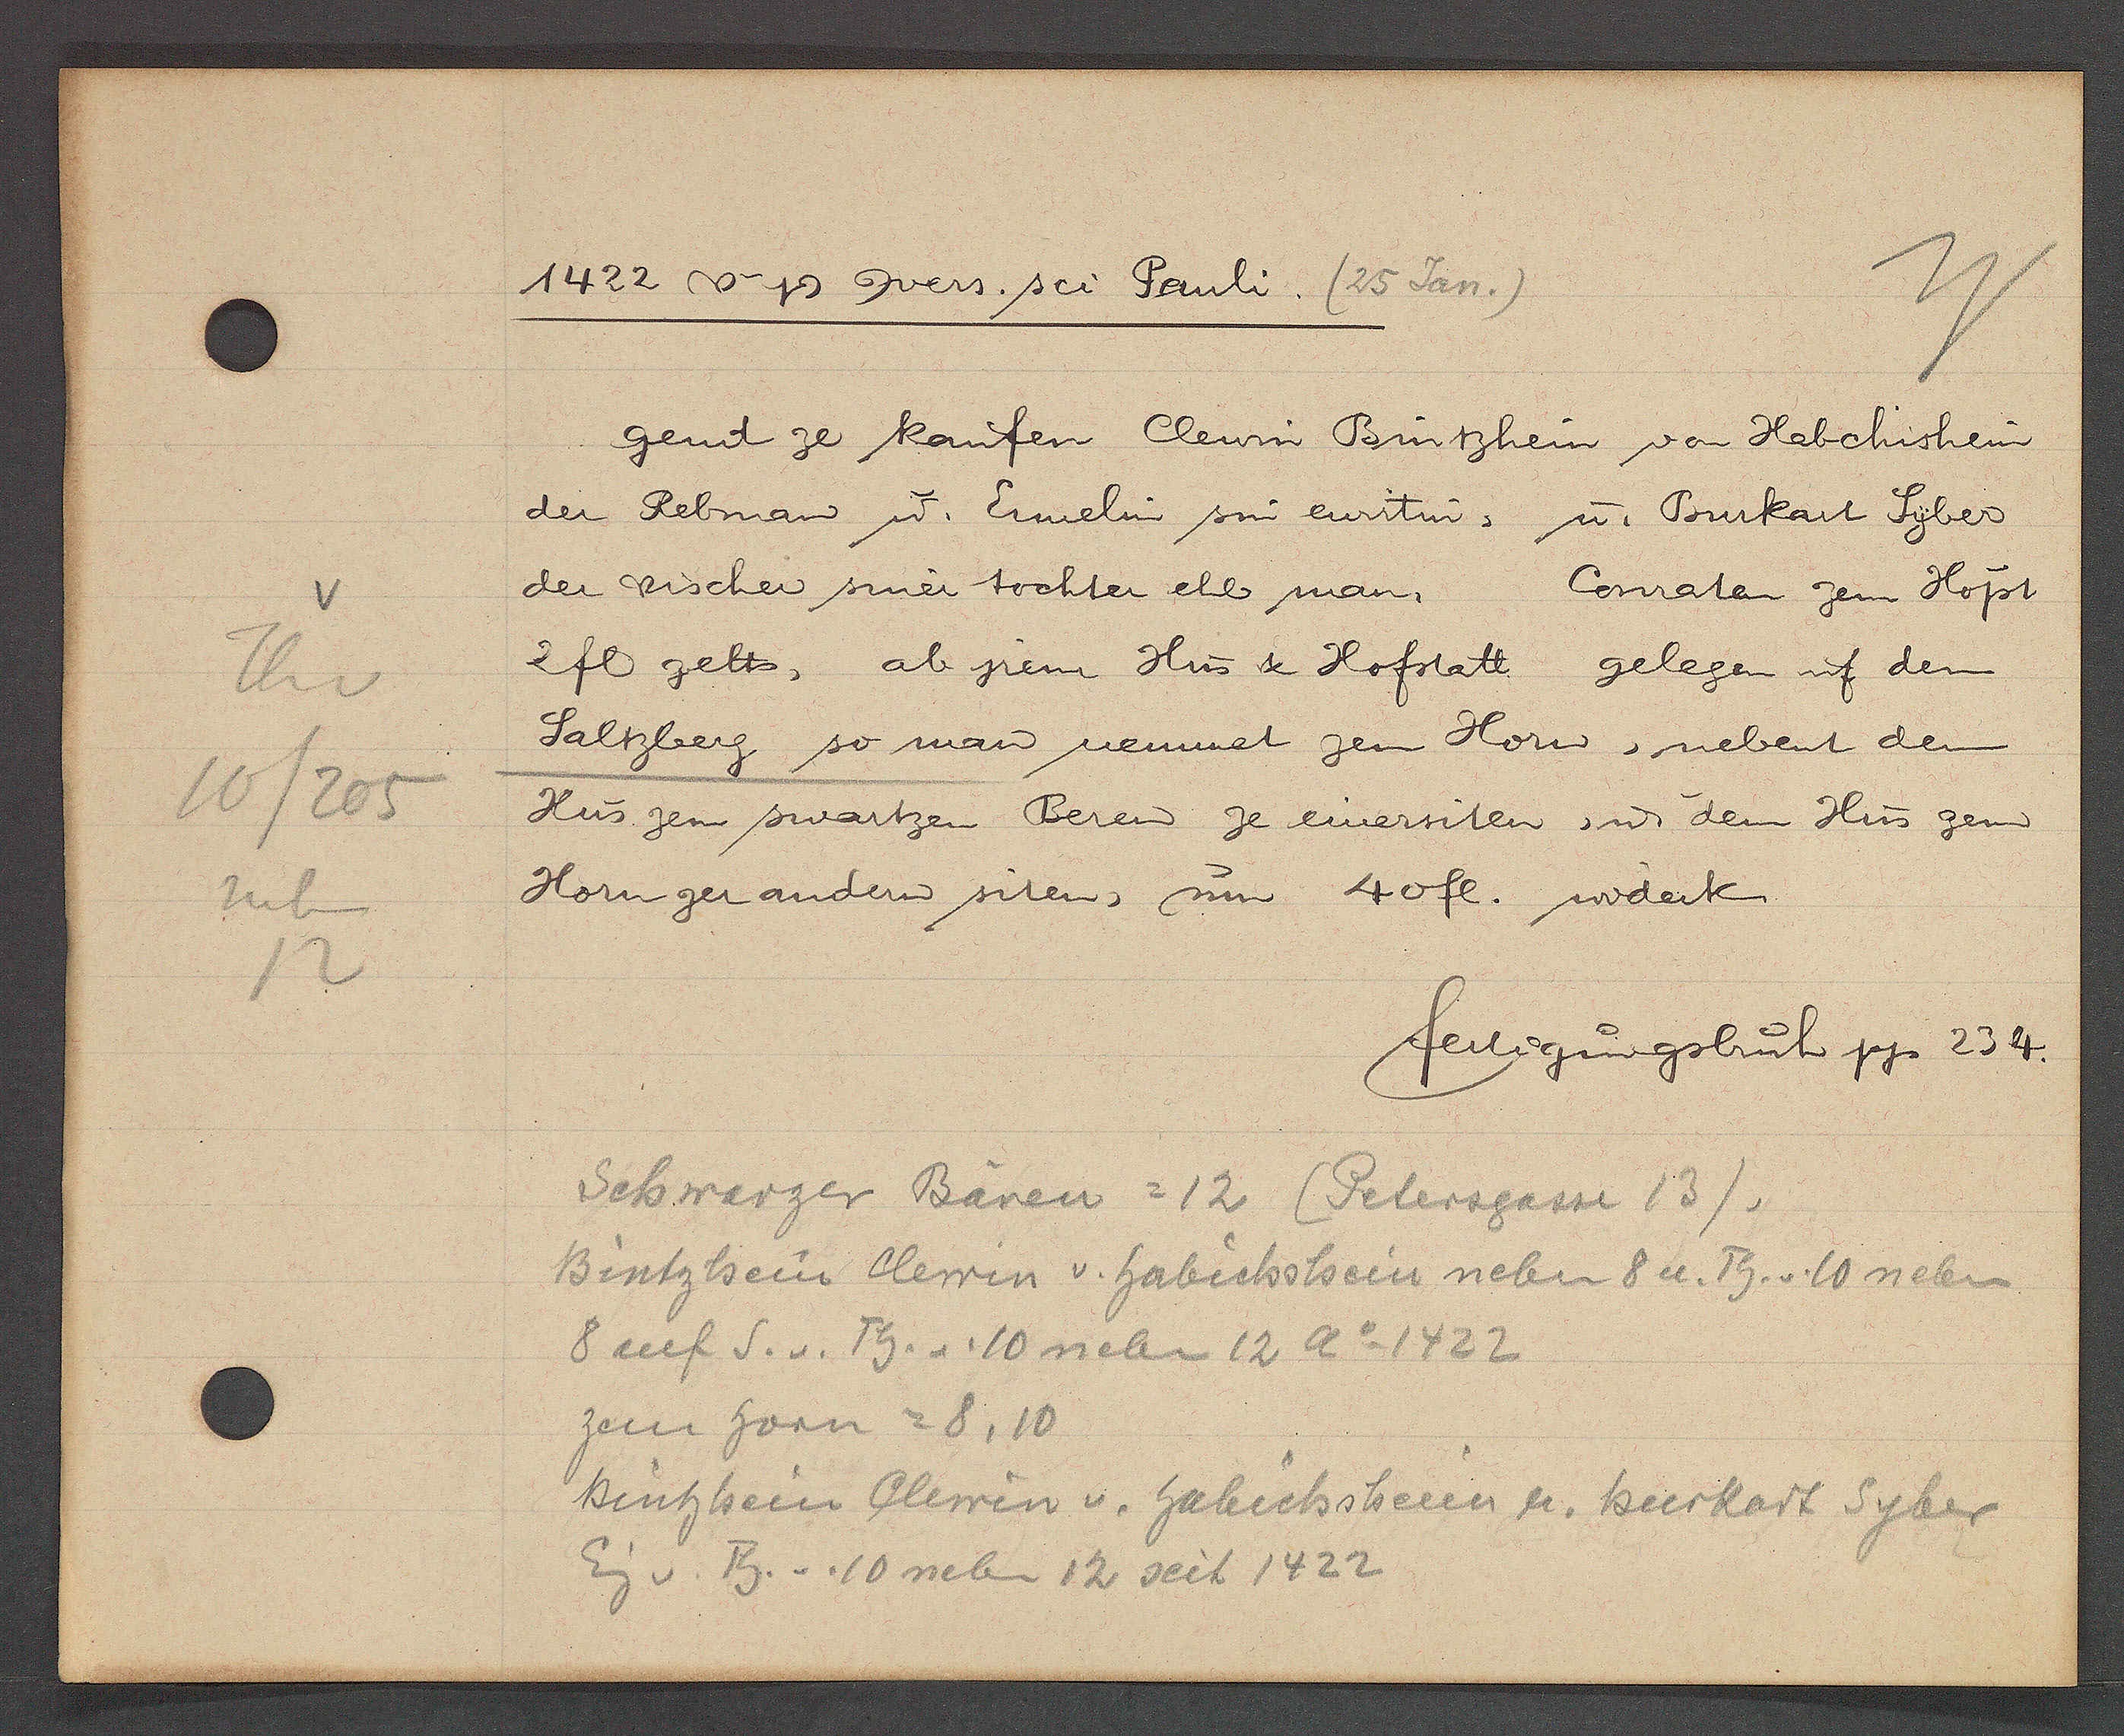
Transcript:
Th v
10/205
neben
12

1422 v Ƿ Cvers sci Pauli. (25 Jan.)

gend ze kaufen Clewin Buntzhein von Habchishein
der Rebman u. Ennelin sin euritin, u. Burkart Syber
der vischer siner tochter ehe man,
Conraten zem Hofst
2fl gelts, ab jrem Hus & Hofstatt gelegen uf dem
Saltzberg so man nennet zem Horn, nebent dem
Hus zem swartzen Beren ze einersiten, ư dem Hus zem
Horn zer andern siten, um 40fl. widerk.

fertigungsbuch pg. 234.

Schwarzer Bären =12 (Petersgasse 131.
Bintzhsein Clewin v. Habichshein nebn 8 u. Th. v. 10 neben
8 auf S. v. Th. v. 10 neben 12 Ao 1422
zem horn = 8, 10
Bintzhein Alewin v. Gabichsheim u. burkart Syber
Eig v. Th. v. 10 neben 12 seit 1422